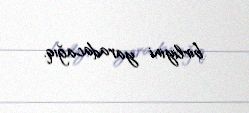
birliyini yaradacağıq.